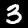
Digit: 3